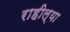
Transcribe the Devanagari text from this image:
राहील्या